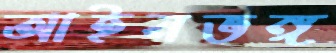
আইনভঙ্গ